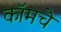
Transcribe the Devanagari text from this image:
कॉमचे